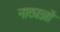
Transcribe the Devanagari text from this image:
नाट्यज्ञों